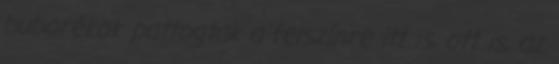
buborékok pattogtak a felszínre itt is, ott is, az